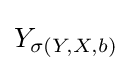
Y_{\sigma (Y,X,b)}